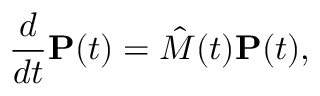
\frac { d } { d t } \mathbf { P } ( t ) = \hat { M } ( t ) \mathbf { P } ( t ) ,